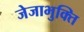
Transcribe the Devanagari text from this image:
जेजाभुक्ति